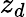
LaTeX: z_{d}